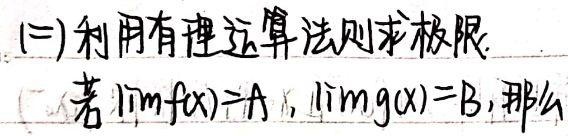
(二) 利用有理运算法则求极限。若\(\lim f(x)=A\)，\(\lim g(x)=B\)，那么